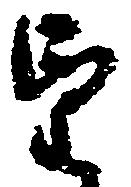
望